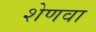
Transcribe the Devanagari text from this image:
शेणवा